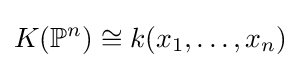
K(\mathbb {P} ^{n})\cong k(x_{1},\ldots ,x_{n})